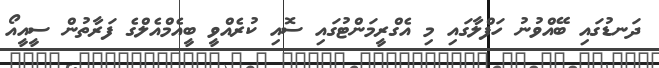
ދަނޑުގައި ބޭއްވުނު ހަފްލާގައި މި އެގްރީމަންޓުގައި ސޮއި ކުރެއްވީ ބީއެމްއެލްގެ ފަރާތުން ސީއީއޯ